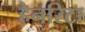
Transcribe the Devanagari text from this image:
हेनरिटा